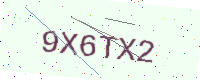
Text: 9X6TX2